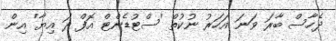
ދެހާސް ބާރަ ވަނަ އަހަރު ނުކުތް 'ސްޓުޑެންޓް އޮފް ދަ އިޔާ' އިން